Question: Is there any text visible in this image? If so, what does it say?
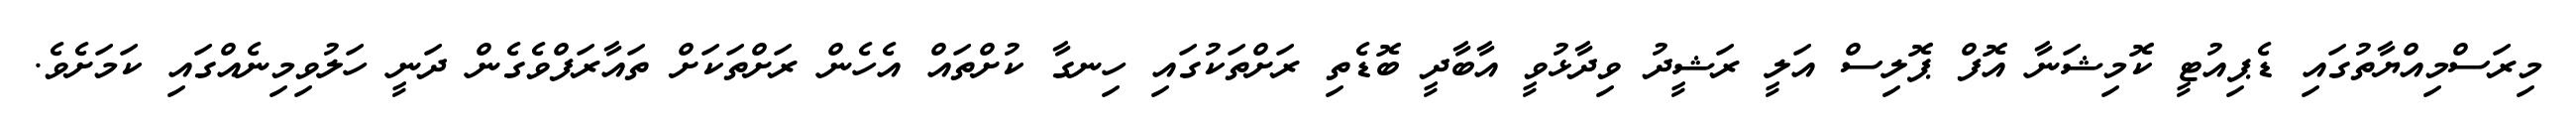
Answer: މިރަސްމިއްޔާތުގައި ޑެޕިއުޓީ ކޮމިޝަނާ އޮފް ޕޮލިސް އަލީ ރަޝީދު ވިދާޅުވީ އާބާދީ ބޮޑެތި ރަށްތަކުގައި ހިނގާ ކުށްތައް އެހެން ރަށްތަކަށް ތައާރަފްވެގެން ދަނީ ހަލުވިމިނެއްގައި ކަމަށެވެ.